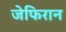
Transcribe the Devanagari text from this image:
जेफिरान